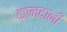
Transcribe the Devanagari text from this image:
कानदानी